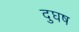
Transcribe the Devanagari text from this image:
दुघष